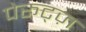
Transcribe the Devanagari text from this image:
पेरूट्ज़